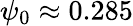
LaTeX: \psi_{0}\approx 0.285